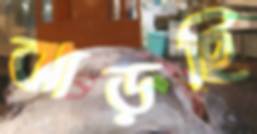
ঝাড়ছি